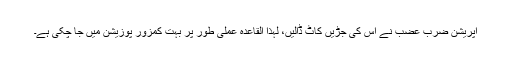
آپریشن ضرب عضب نے اس کی جڑیں کاٹ ڈالیں، لہٰذا القاعدہ عملی طور پر بہت کمزور پوزیشن میں جا چکی ہے۔